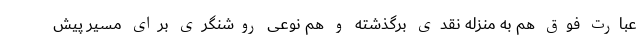
عبارت فوق هم به منزله نقدی برگذشته و هم نوعی روشنگری برای مسیر پیش